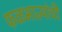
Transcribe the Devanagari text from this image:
फळभाज्यांची